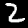
Digit: 2